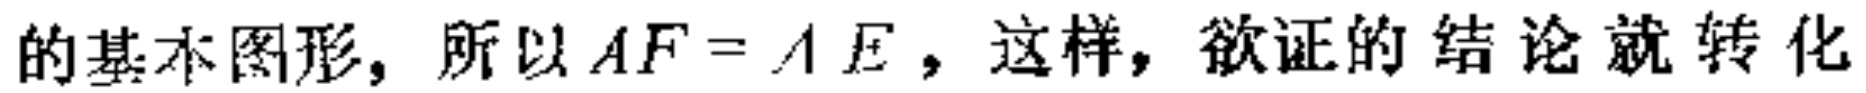
的基本图形，所以$AF = AE$，这样，欲证的结论就转化